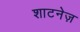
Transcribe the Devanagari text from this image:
शाटनेज़